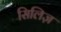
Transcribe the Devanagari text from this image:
सिलिज़